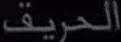
الحريف